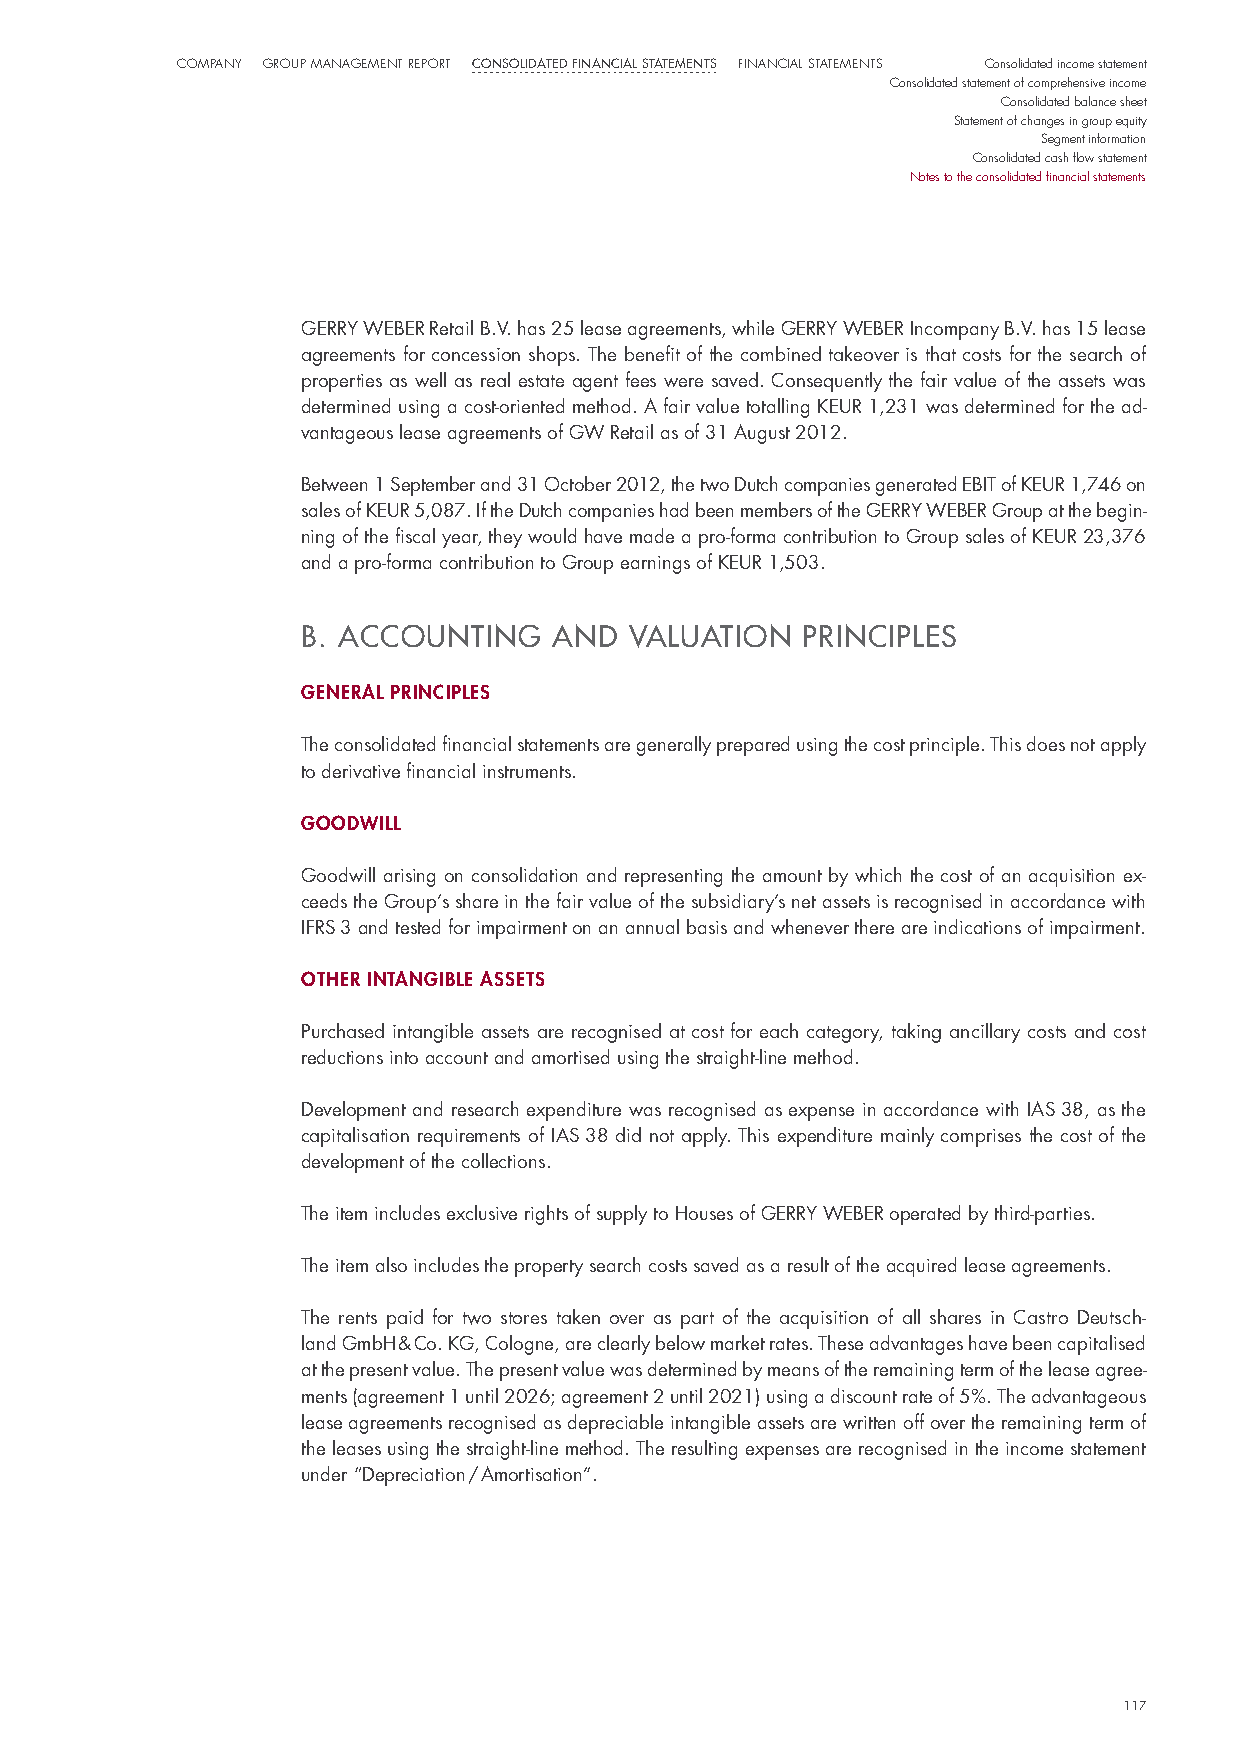
CompaNy Group maNaGemeNt report Consolidated finanCial statements FiNaNCial StatemeNtS Consolidated income statement
 Consolidated statement of comprehensive income
 Consolidated balance sheet
 Statement of changes in group equity
 Segment information
 Consolidated cash flow statement
 Notes to the consolidated financial statements
 GeRRY WeBeR Retail B.v. has 25 lease agreements, while GeRRY WeBeR incompany B.v. has 15 lease
 agreements for concession shops. The benefit of the combined takeover is that costs for the search of
 properties as well as real estate agent fees were saved. Consequently the fair value of the assets was
 determined using a cost-oriented method. A fair value totalling KeuR 1,231 was determined for the ad-
 vantageous lease agreements of GW Retail as of 31 August 2012.
 Between 1 september and 31 october 2012, the two dutch companies generated eBiT of KeuR 1,746 on
 sales of KeuR 5,087. if the dutch companies had been members of the GeRRY WeBeR Group at the begin-
 ning of the fiscal year, they would have made a pro-forma contribution to Group sales of KeuR 23,376
 and a pro-forma contribution to Group earnings of KeuR 1,503.
 B. AccoUntInG   AnD  v ALUAtIon  PRIncIPLeS
 general prIncIples
 The consolidated financial statements are generally prepared using the cost principle. This does not apply
 to derivative financial instruments.
 goodwIll
 Goodwill arising on consolidation and representing the amount by which the cost of an acquisition ex-
 ceeds the Group’s share in the fair value of the subsidiary’s net assets is recognised in accordance with
 iFRs 3 and tested for impairment on an annual basis and whenever there are indications of impairment.
 other IntangIBle assets
 purchased intangible assets are recognised at cost for each category, taking ancillary costs and cost
 reductions into account and amortised using the straight-line method.
 development and research expenditure was recognised as expense in accordance with iAs 38, as the
 capitalisation requirements of iAs 38 did not apply. This expenditure mainly comprises the cost of the
 development of the collections.
 The item includes exclusive rights of supply to houses of GeRRY WeBeR operated by third-parties.
 The item also includes the property search costs saved as a result of the acquired lease agreements.
 The rents paid for two stores taken over as part of the acquisition of all shares in Castro deutsch-
 land Gmbh & Co. KG, Cologne, are clearly below market rates. These advantages have been capitalised
 at the present value. The present value was determined by means of the remaining term of the lease agree-
 ments (agreement 1 until 2026; agreement 2 until 2021) using a discount rate of 5%. The advantageous
 lease agreements recognised as depreciable intangible assets are written off over the remaining term of
 the leases using the straight-line method. The resulting expenses are recognised in the income statement
 under “depreciation / Amortisation”.
 117